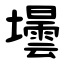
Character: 壜